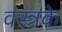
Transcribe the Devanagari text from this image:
वस्त्रके